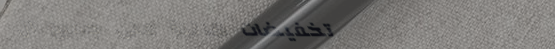
تخفيضات هائلة على جميع ال